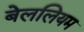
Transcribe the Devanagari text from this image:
बेललियम